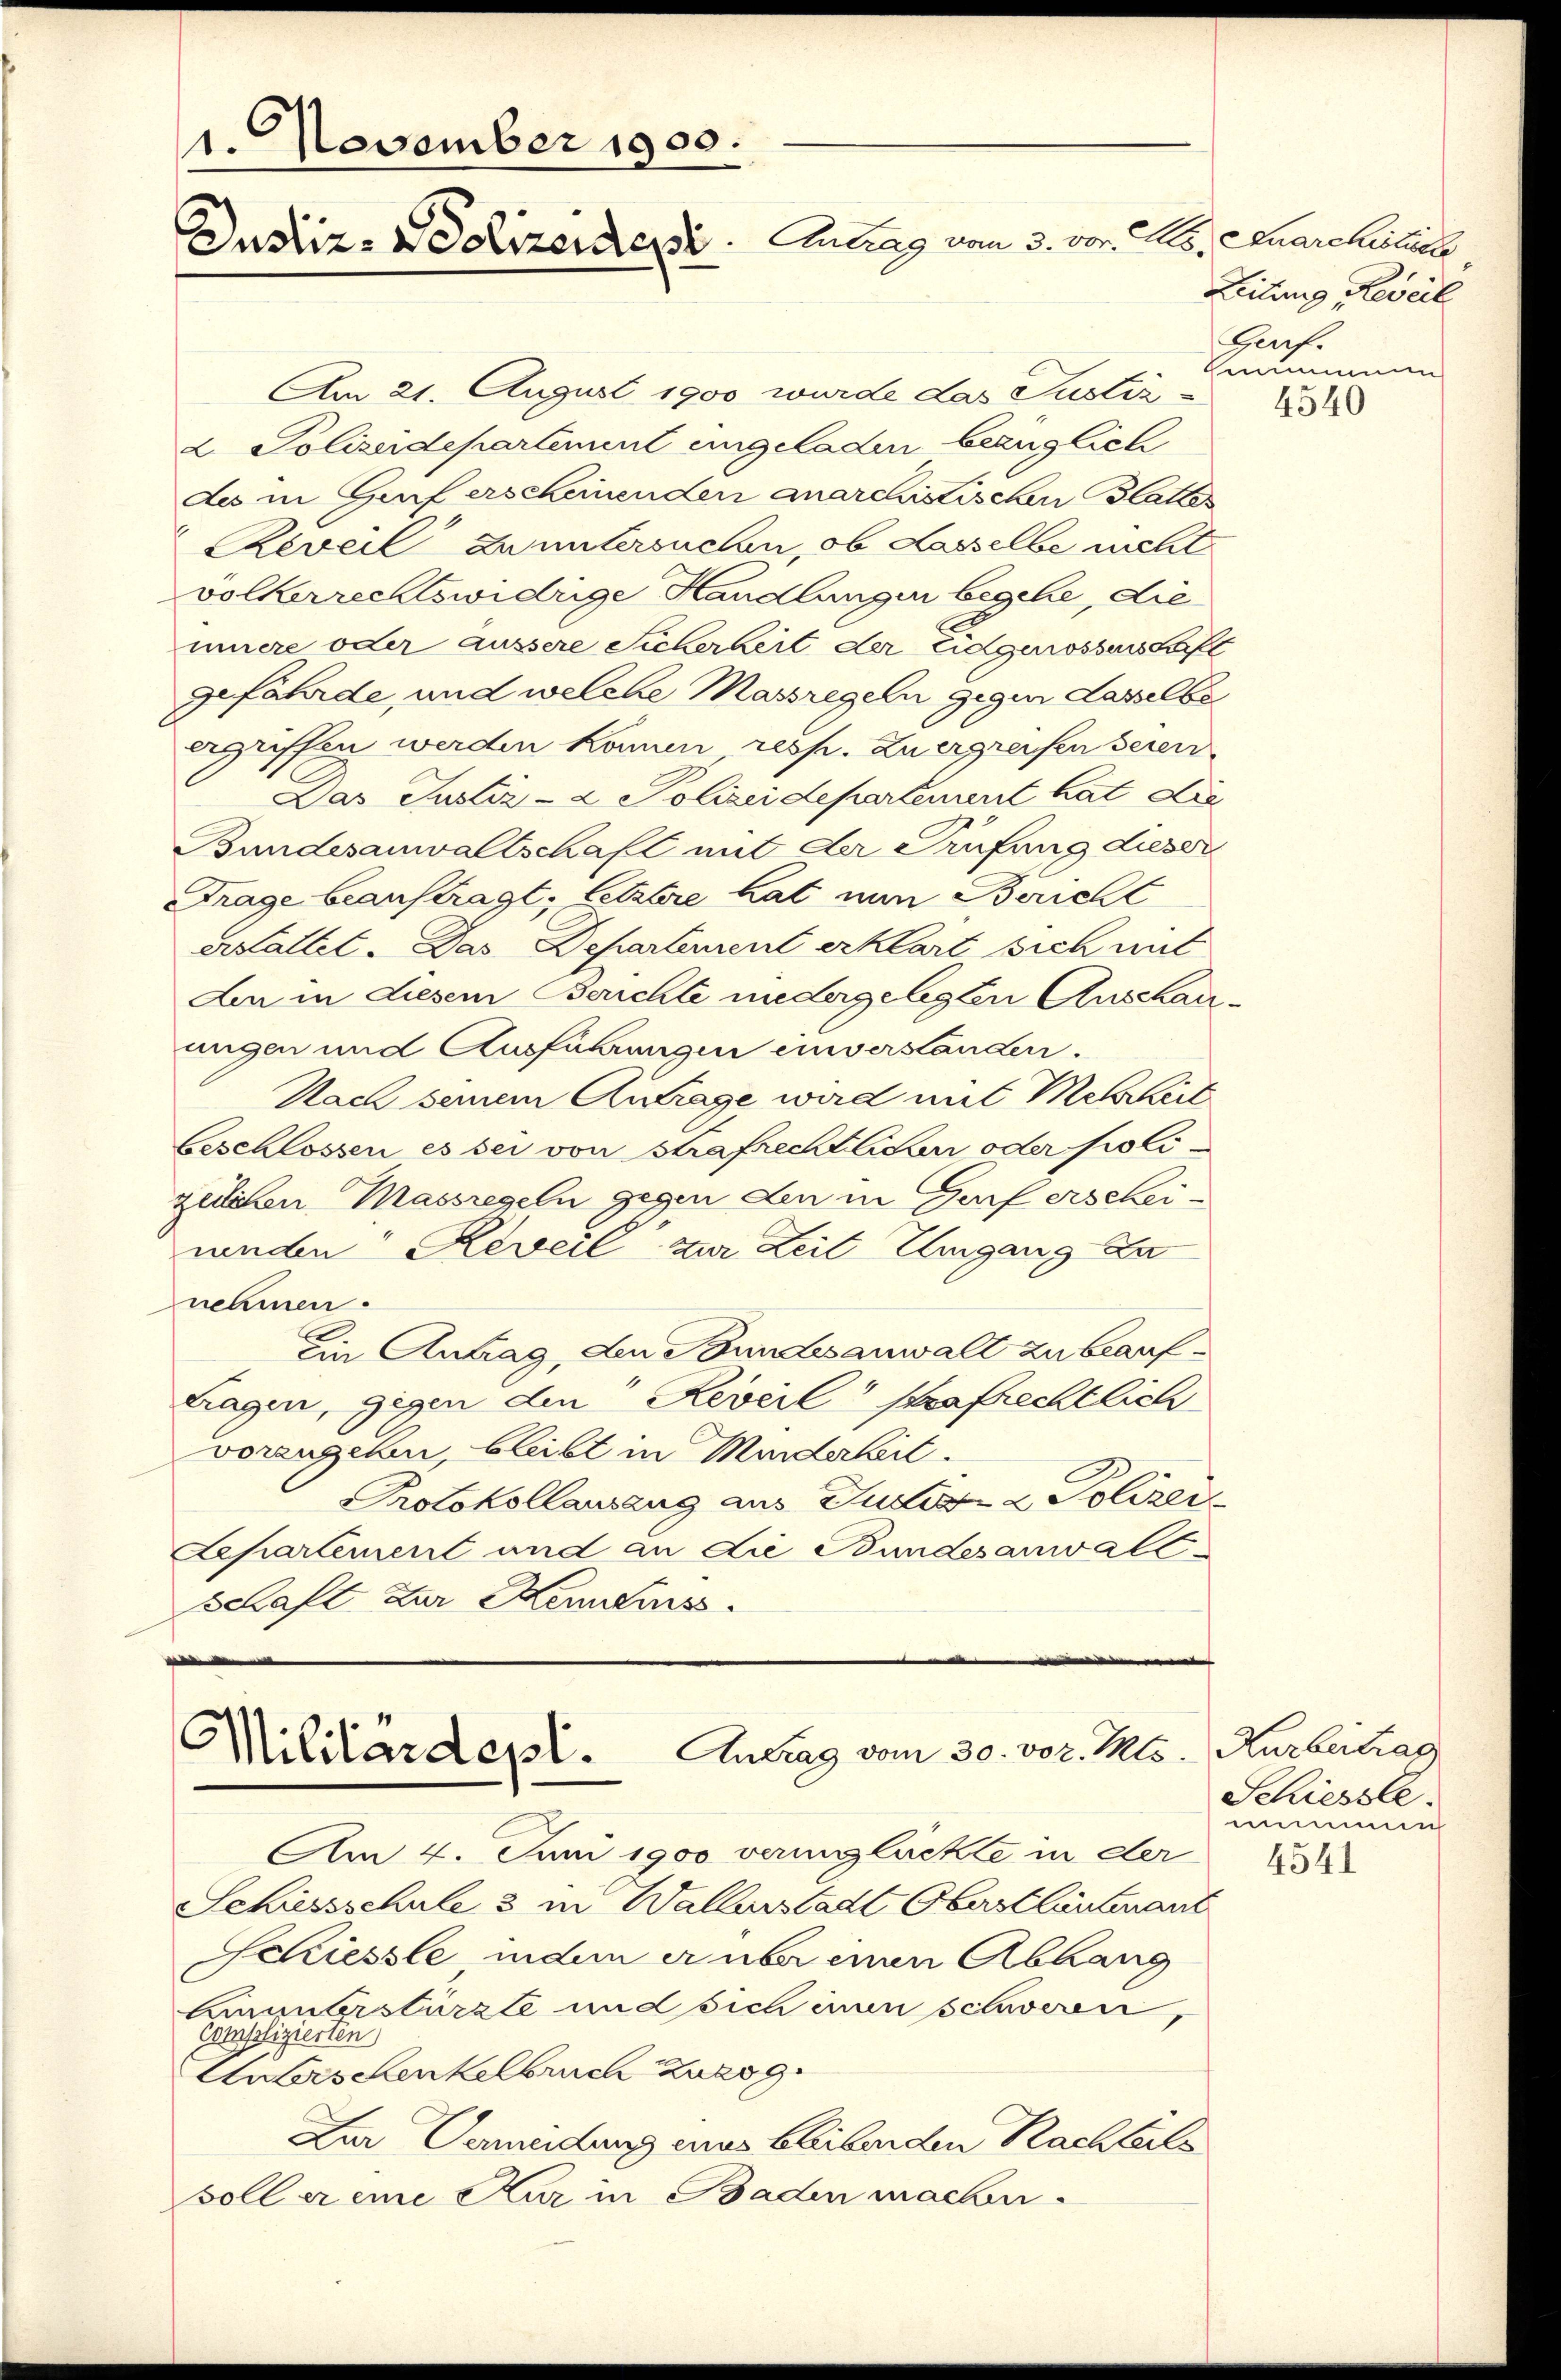
1. November 1900.
Zustiz-Polizeidept. Antrag vom 3. vor. Js., Kuarchitect

Militärdept. Antrag vom 30. vor. Mts. Karbeitrag

Am 21. August 1900 wurde das Justiz¬
2. Polizeidepartement eingeladen bezüglich
des in Genf erscheinenden anarchistischen Blatte
Reveil zu untersuchen, ob Lasselbe nicht
völkerrechtswidrige Handlungen begehe, die
innere oder äussere Sicherheit der Eidgenossens haft
gefährde, und welche Massregeln gegen dasselbe
gegriffen werden können, resp. Zu ergreifen seien
Das Justiz- & Polizeidepartement hat die
Bundesanwaltschaft mit der Prüfung dieser
Frage beauftragt. Letztre hat nun Bericht
erstaltet. Das Departement erklärt sich mit
Aen in Liesem Berichte niedergelegten Anschauungen und Ausführungen einverständen.
Nach seinem Antrage wird mit Metheil
beschlossen es sei von Strafrechtlicher oder Polizeilichen Massregeln gegen den in Zurf erscheiwinden Reveil zur Zeit Umgang zu
nehmen.
Ein Antrag, den Bundesanwalt zu beauftragen, gegen den Reveil strafrechtlich
vorangehen, bleibt in Mundarbit
Protokollausang aus Justiz & Polizei¬
Separtement und an die Bundesanwalt¬
Schaft Zur Kenntnuss.

Am 4. Juni 1900 verunglückte in der
Schiessschule & in Wallerstadt Oberst lautenant
Schiessle indem er über einen Abhang
Ainunterstürzte und sich einen schweren,
Complizierten
Unterschenkelbruch zuzog.
Zur Vermeidung eines bleibenden Nachbilsoll er eine Stur in Baden machen¬

Leitung, Reveil
Garf.
enimen

4540

Schiessle.
mimmen
4541